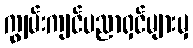
ကျွမ်းကျင်ပညာရှင်များမှ